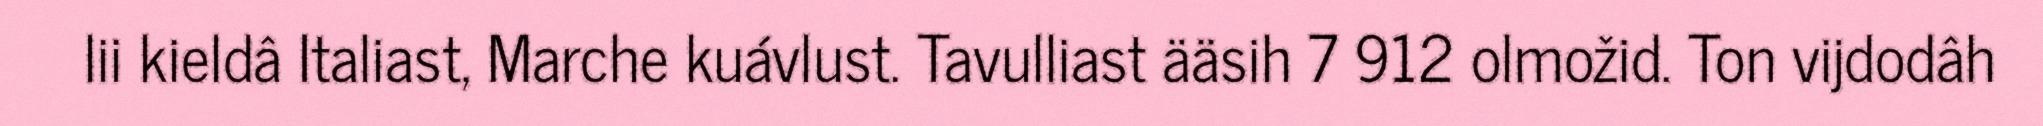
lii kieldâ Italiast, Marche kuávlust. Tavulliast ääsih 7 912 olmožid. Ton vijdodâh